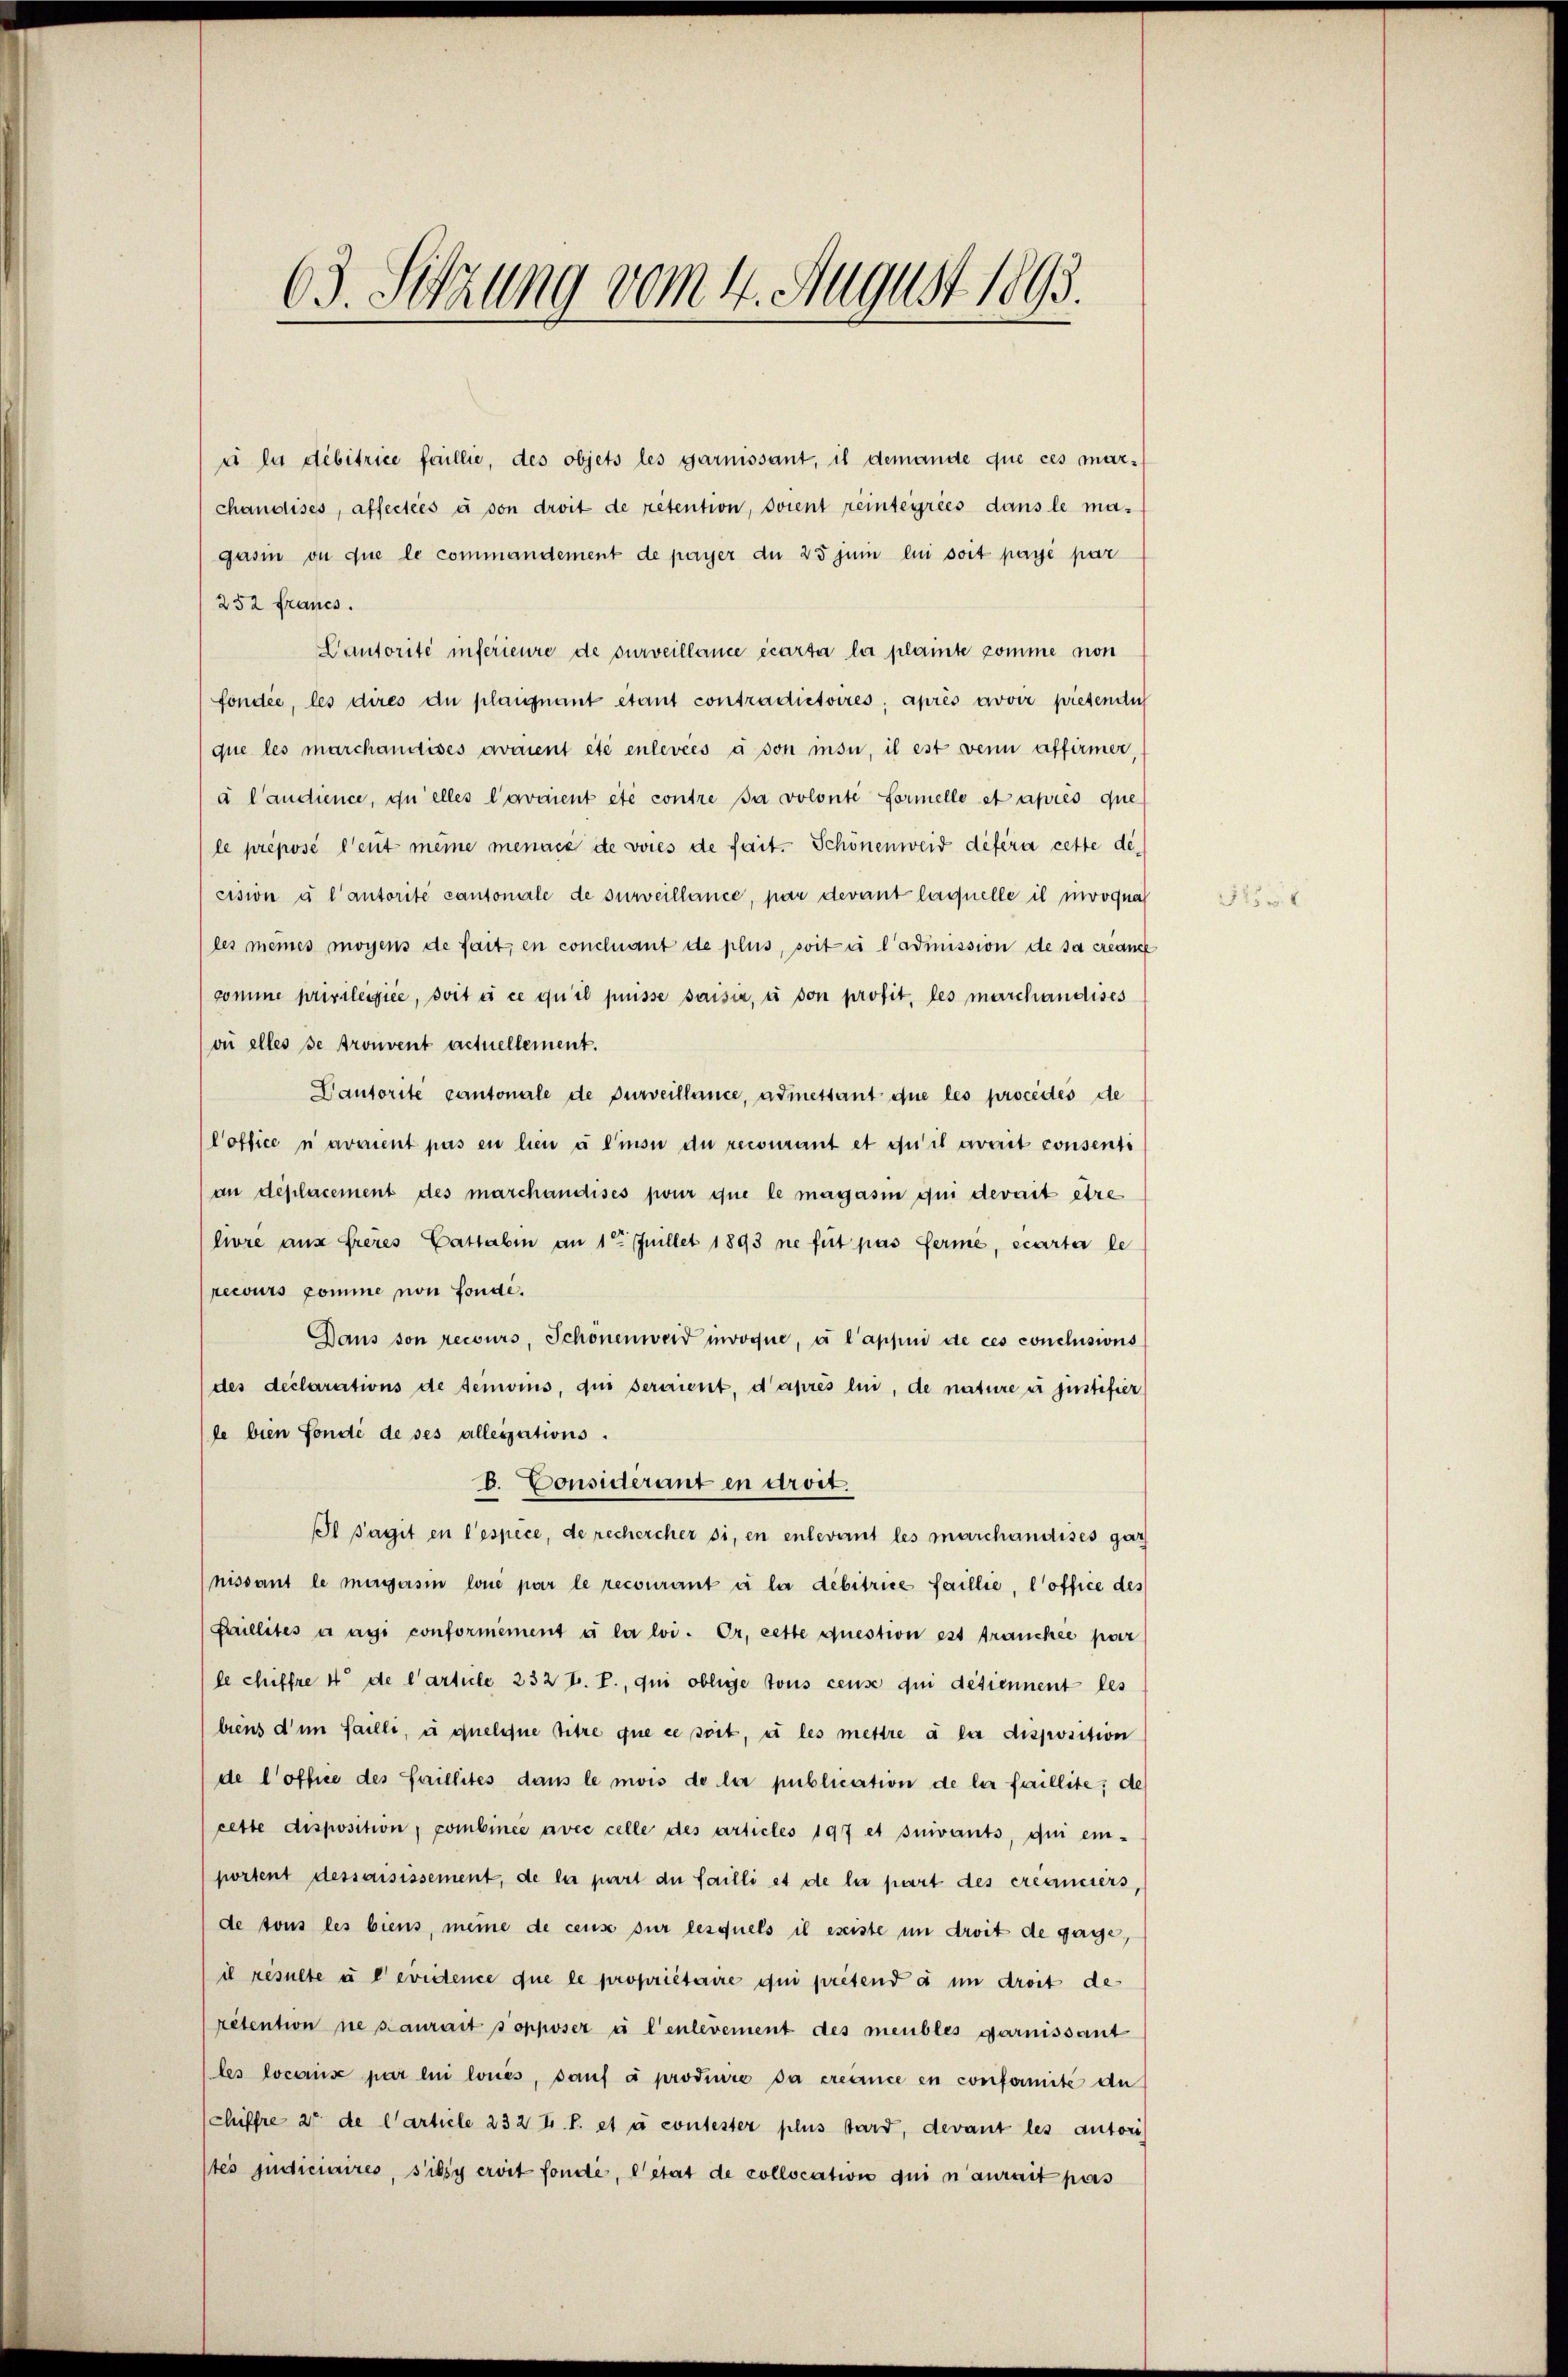
63. Sitzung vom 4. August 1893.

ui la débitrice faillie, des objets les garnissant, il demande que ces mar¬
252 francs.
que les marchanises arment été enlevées à son insi, il est wenn affirmer,
à l’audience, quelles l’avaient été contre sa volonte formelle et après que
le préposé leut meine menacé de voies de fait. Schönenweid defera cette de
cision à l’autorite cantoniale de surveillance, par devant laquelle il moognah
(les meines mögens de fait, en concluant de plus, soit à l’adimission de sa créance
somme privileifiée, soit à ce qu’il puisse saisie, u von profit, les marchandises
ve elles se trouvent actuellement.
Dautorite cantonale de Purveillance, admessant due les procédés de
Coffice n’avaient pas en lieu à l’insu du recourant et qu’il avait consenti
an deplacement des marchandises pour que le magasin qui derait etre
livre aus freies Cattaben an 1t Juillet 1893 ne fut pas ferme, écarta le
recours comme von fondi.
Dans son recours, Schönenweid invoque, à l’appui de ces conclusions
des declarations de seinois, qui seraient, d’après lui, de nature u justifier
le bien fondé de ses alleisations.
B. Considerant en droit.
Il sagit en l’espèce, de rechercher si, en enlevant les marchandises gar
nissant le mergasin loué par le recourant à la débitrice faillie, l’office des
Faillités a agi conformément à la loi. Or, cette question est francher par
le chiffre 4 de l’article 232 tr. T., qui oblige tous cense qui détiennent les
biens d’un failli, à quelque titre que ce soit, u les mettre à la disposition
de l’office des faillites dans le mois de la publication de la faillite; de
cette disposition, combinee avec celle des articles 197 et suivants, qui ein-
portent dessaisissement, de la part du failli et de la part des créanciers,
de tous les biens, meine de cens sur lesquels il esiste in droit de gage,
il resulte u e evidence que le propriétaire qui pretend d in droit de
rétention ne saurait popposer à l’enlevement des meubles garnissant
les locariis par lui loués, sauf à prodiure da créance en conformité du
chiffre 20 de l’article 232 f. P. et à contester plus tard, devant les autori
tés judiciaires, s’ilsy eroit fonde, l’état de collocation qui n’aurait pas

chandises, affectées à son droit de retention, soient reintegries dans le ma-
gasin ou que le commandement de payer du 25 zum lui soit payé par
Lautorité inferieure de surveillance écarta la plainte komme von
fondée, les dires du plaignant étant contradictoires, après avoir pietendich

2525